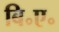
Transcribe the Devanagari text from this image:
बि॰ए॰